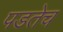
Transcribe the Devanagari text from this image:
पडतेच